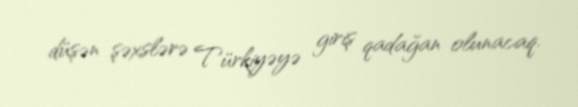
düşən şəxslərə Türkiyəyə giriş qadağan olunacaq.